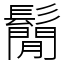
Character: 鬜